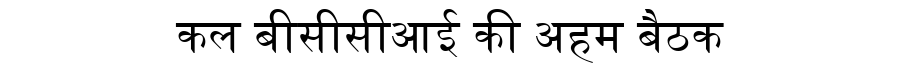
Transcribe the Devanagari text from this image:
कल बीसीसीआई की अहम बैठक